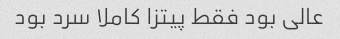
عالی بود فقط پیتزا کاملا سرد بود